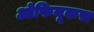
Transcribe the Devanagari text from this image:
ओफियूकस